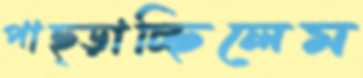
পাছ্‌ড়াচ্ছিলেম